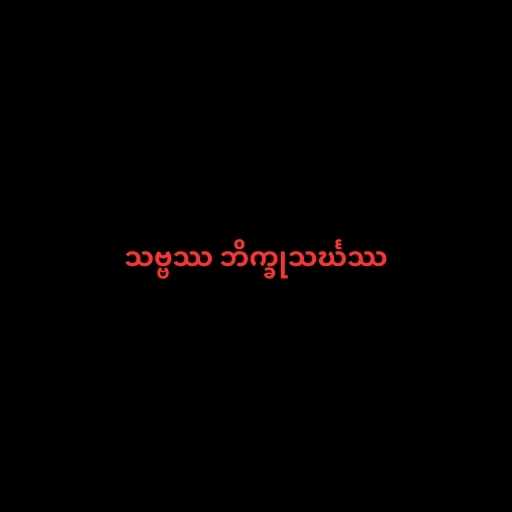
သဗ္ဗဿ ဘိက္ခုသင်္ဃဿ